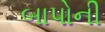
બાપોની